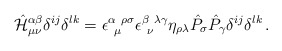
\begin{align*}\hat {\cal H}^{\alpha\beta}_{\mu\nu} \delta^{ij} \delta^{lk} =\epsilon^{\alpha~\rho\sigma}_{~\mu} \epsilon^{\beta~\lambda\gamma}_{~\nu}\eta_{\rho\lambda} \hat P_\sigma \hat P_\gamma \delta^{ij} \delta^{lk} \,.\end{align*}